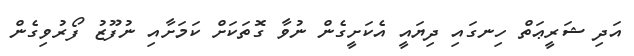
އަދި ޝަރީޢަތް ހިނގައި ދިޔައީ އެކަށީގެން ނުވާ ގޮތަކަށް ކަމަށާއި ނުފޫޒު ފޯރުވިގެން